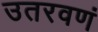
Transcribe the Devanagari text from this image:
उतरवणं